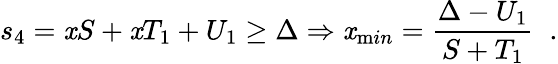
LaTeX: s_{4}=\mathit{x}S+\mathit{x}T_{1}+U_{1}\geq\Delta\Rightarrow\mathit{x}_{\mathrm{m}in}=\frac{{\Delta-U_{1}}}{{S+T_{1}}}\; \; .